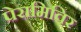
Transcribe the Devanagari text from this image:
पेरामिविर